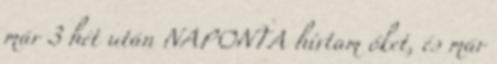
már 3 hét után NAPONTA hívtam őket, és már